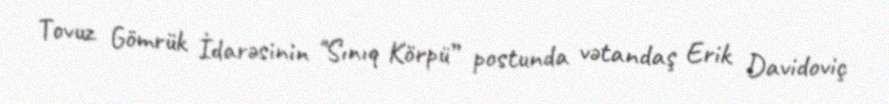
Tovuz Gömrük İdarəsinin "Sınıq Körpü” postunda vətandaş Erik Davidoviç